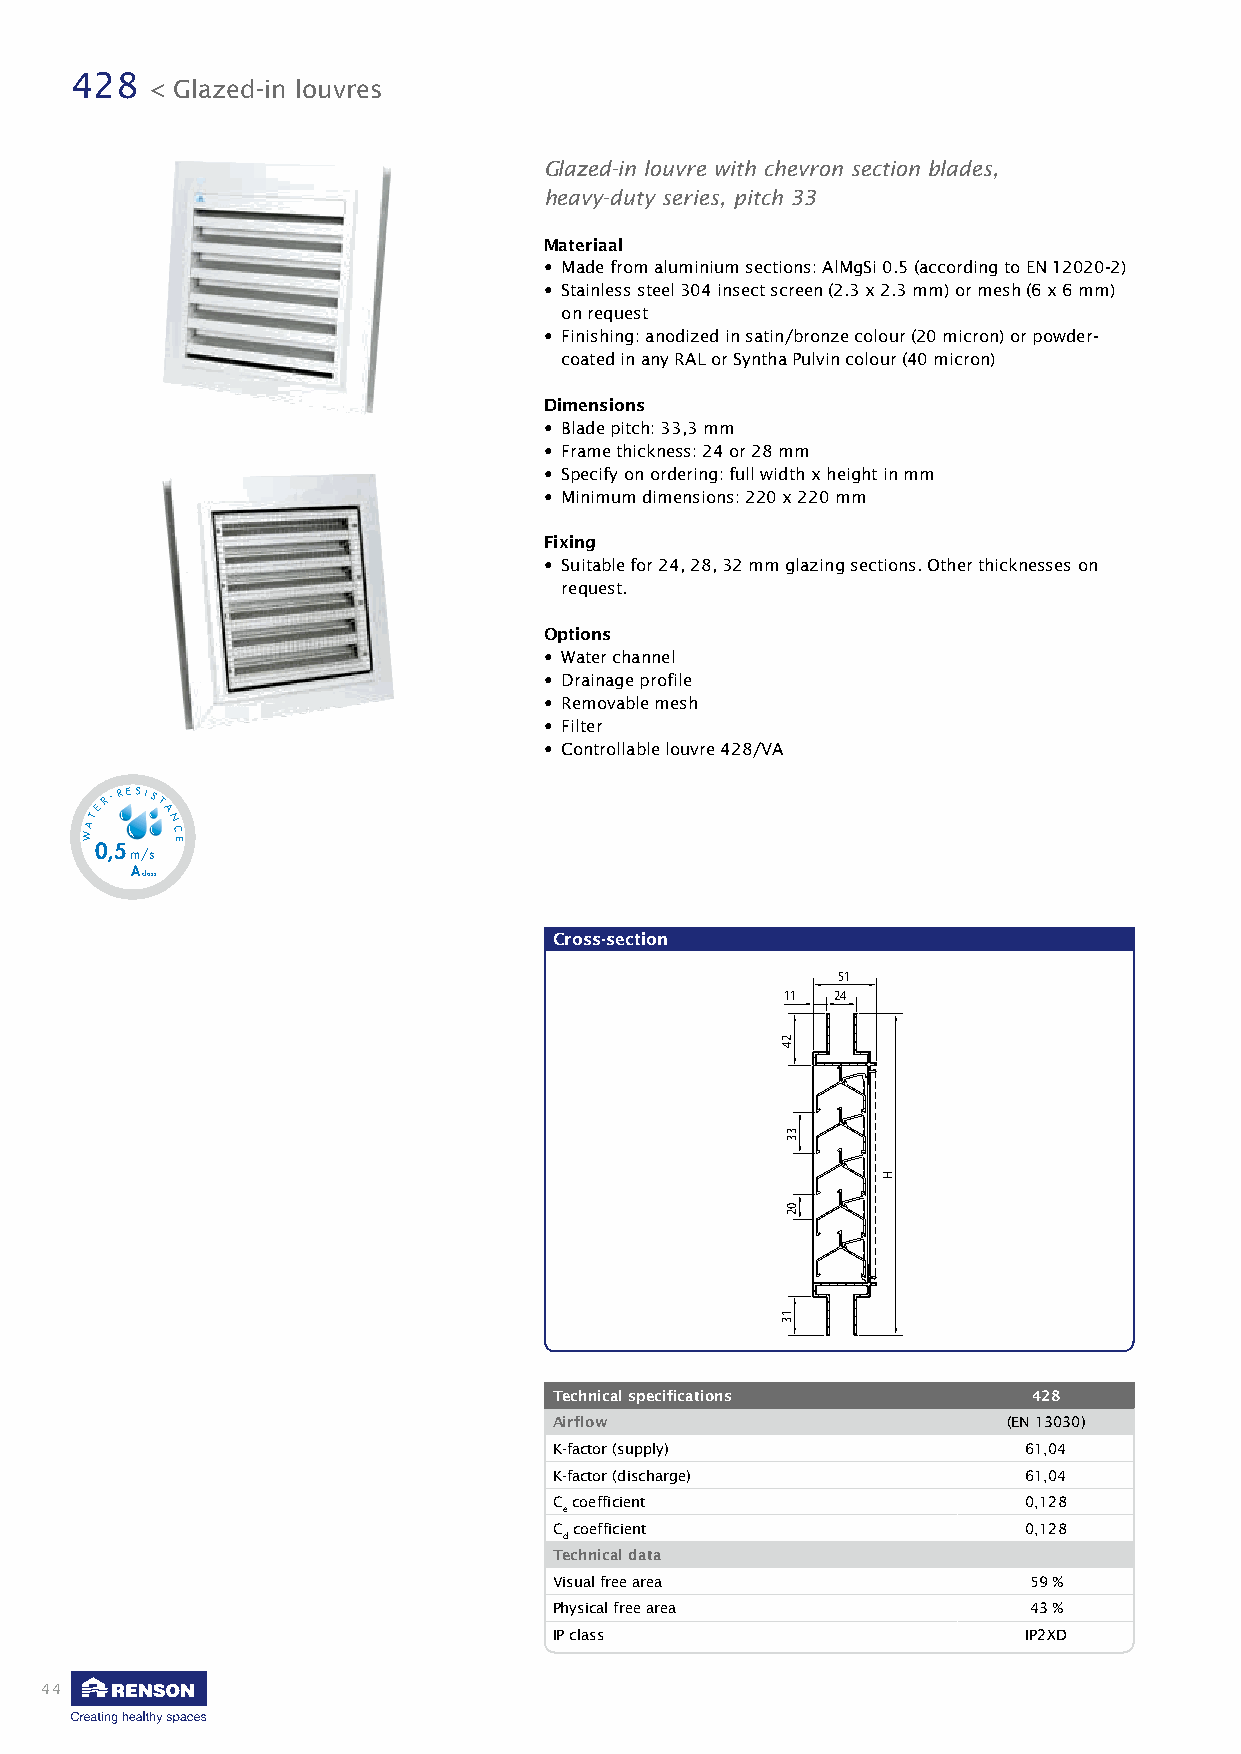
428
 < Glazed-in louvres
 Glazed-in louvre with chevron section blades,
 heavy-duty series, pitch 33
 Materiaal
 • Made from aluminium sections: AlMgSi 0.5 (according to EN 12020-2)
 • Stainless steel 304 insect screen (2.3 x 2.3 mm) or mesh (6 x 6 mm)
 on request
 • Finishing: anodized in satin/bronze colour (20 micron) or powder-
 coated in any RAL or Syntha Pulvin colour (40 micron)
 Dimensions
 • Blade pitch: 33,3 mm
 • Frame thickness: 24 or 28 mm
 • Specify on ordering: full width x height in mm
 • Minimum dimensions: 220 x 220 mm
 Fixing
 • Suitable for 24, 28, 32 mm glazing sections. Other thicknesses on
 request.
 Options
 • Water channel
 • Drainage profile
 • Removable mesh
 • Filter
 • Controllable louvre 428/VA
 ATER-RESIST
 A
 N
 W    C E
 0 ,5
 m
 A
 / clas
 ss
 Cross-section
 51
 11 24
 Technical specifications       428
 Airflow                       (EN 13030)
 K-factor (supply)              61,04
 K-factor (discharge)           61,04
 C coefficient                  0,128
 e
 C coefficient                  0,128
 d
 Technical data
 Visual free area               59 %
 Physical free area             43 %
 IP class                       IP2XD
 44
 24
 33
 02
 13
 H